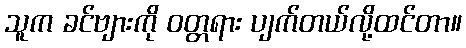
သူက ခင်ဗျားကို ဝတ္တရား ပျက်တယ်လို့ထင်တာ။